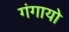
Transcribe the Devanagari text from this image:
गंगायो